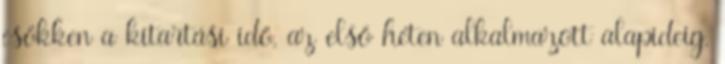
csökken a kitartási idő, az első héten alkalmazott alapideig.